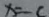
x = - c